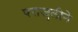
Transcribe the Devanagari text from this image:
पराजुलीने